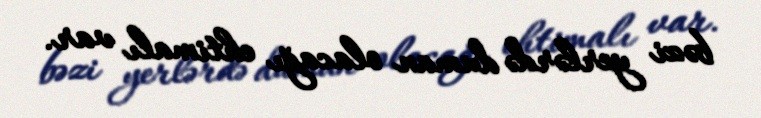
bəzi yerlərdə duman olacağı ehtimalı var.